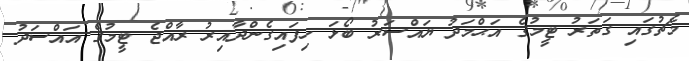
މެޗުގައި ގަތަރު ޓީމުގެ އަަޙްމަދު ޔައްސަރު ބޯޅަ ހިފައިގެންދާއިރު ރާއްޖެ ޓީމުގެ އައްސަދު